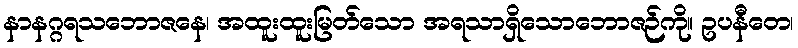
နာနဂ္ဂရသဘောဇနေ၊ အထူးထူးမြတ်သော အရသာရှိသောဘောဇဉ်ကို။ ဥပနီတေ၊